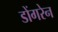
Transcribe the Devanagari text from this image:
डोंगरेन